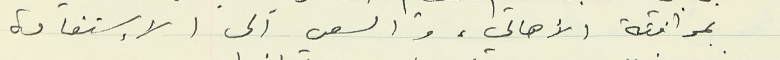
بموافقة الأهالي، والسعي الى الإستفادة